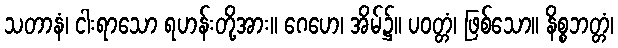
သတာနံ၊ ငါးရာသော ရဟန်းတို့အား။ ဂေဟေ၊ အိမ်၌။ ပဝတ္တံ၊ ဖြစ်သော။ နိစ္စဘတ္တံ၊